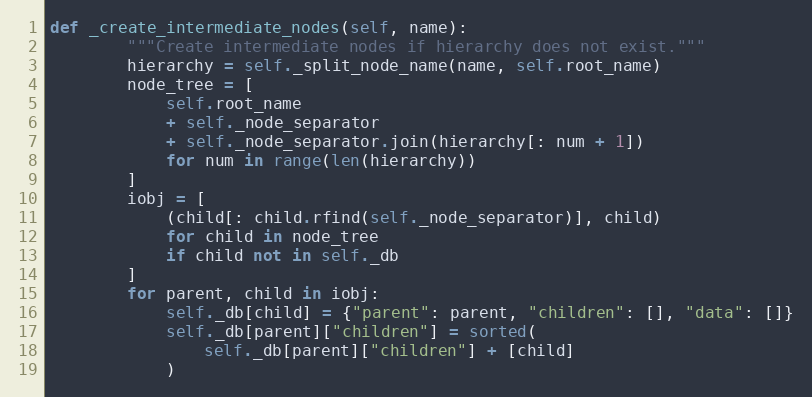
Language: Python
def _create_intermediate_nodes(self, name):
        """Create intermediate nodes if hierarchy does not exist."""
        hierarchy = self._split_node_name(name, self.root_name)
        node_tree = [
            self.root_name
            + self._node_separator
            + self._node_separator.join(hierarchy[: num + 1])
            for num in range(len(hierarchy))
        ]
        iobj = [
            (child[: child.rfind(self._node_separator)], child)
            for child in node_tree
            if child not in self._db
        ]
        for parent, child in iobj:
            self._db[child] = {"parent": parent, "children": [], "data": []}
            self._db[parent]["children"] = sorted(
                self._db[parent]["children"] + [child]
            )